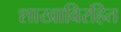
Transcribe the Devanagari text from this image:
शाखाविरहित